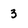
Character: 3